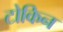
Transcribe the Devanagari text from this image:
टोकिन